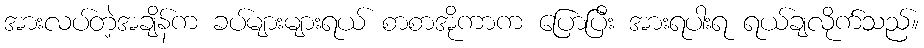
အားလပ်တဲ့အချိန်က ခပ်များများရယ် စာစာအိုကာက ပြောပြီး အားရပါးရ ရယ်ချလိုက်သည်။